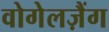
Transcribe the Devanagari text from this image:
वोगेलज़ैंग